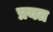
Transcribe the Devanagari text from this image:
प्रयत